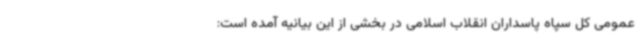
عمومی کل سپاه پاسداران انقلاب اسلامی در بخشی از این بیانیه آمده است: